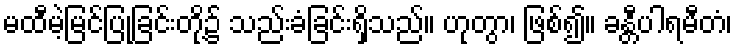
မထီမဲ့မြင်ပြုခြင်းတို့၌ သည်းခံခြင်းရှိသည်။ ဟုတွာ၊ ဖြစ်၍။ ခန္တီပါရမီတံ၊